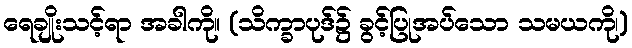
ရေချိုးသင့်ရာ အခါကို။ (သိက္ခာပုဒ်၌ ခွင့်ပြုအပ်သော သမယကို၊)